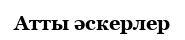
Атты әскерлер